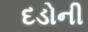
દડોની